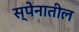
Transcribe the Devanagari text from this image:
स्पेनातील